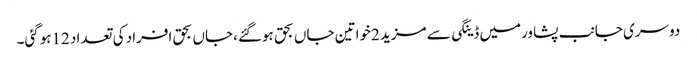
دوسری جانب پشاورمیں ڈینگی سے مزید 2خواتین جاں بحق ہوگئے ،جاں بحق افراد کی تعداد 12ہوگئی۔